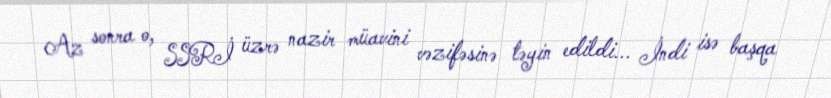
Az sonra o, SSRİ üzrə nazir müavini vəzifəsinə təyin edildi... İndi isə başqa